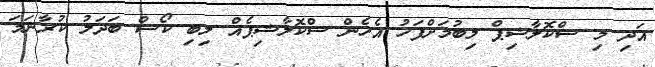
އަދި މި ސްކޮލާޝިޕް ލިބުމަށްފަހު އެހެން ސްކޮލާޝިޕެއް ލިބި ކޯސް ބަދަލު ކުރާނަމަ